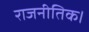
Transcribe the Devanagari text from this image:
राजनीतिक।